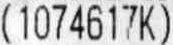
(1074617K)